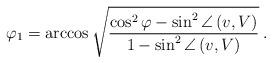
LaTeX: \begin{align*}\varphi_{1}=\arccos\sqrt{\frac{\cos^{2}\varphi-\sin^{2}\angle\left(v,V\right)}{1-\sin^{2}\angle\left(v,V\right)}}\:.\end{align*}